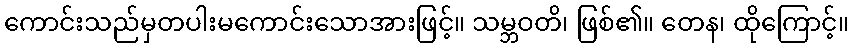
ကောင်းသည်မှတပါးမကောင်းသောအားဖြင့်။ သမ္ဘဝတိ၊ ဖြစ်၏။ တေန၊ ထိုကြောင့်။